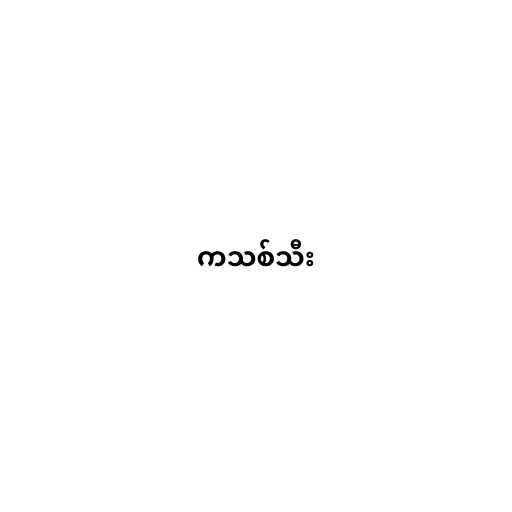
ကသစ်သီး